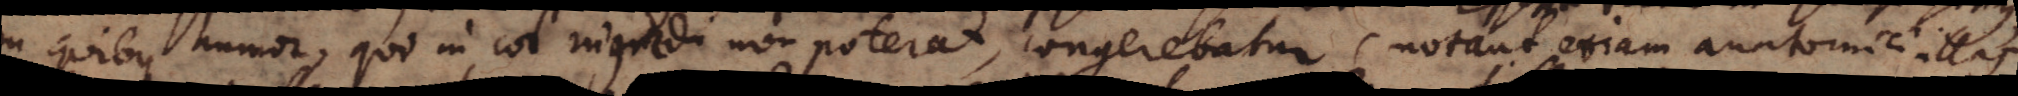
in quibus humor, qui in cor ingredi non poterat, congerebatur (notant etiam anatomici illas